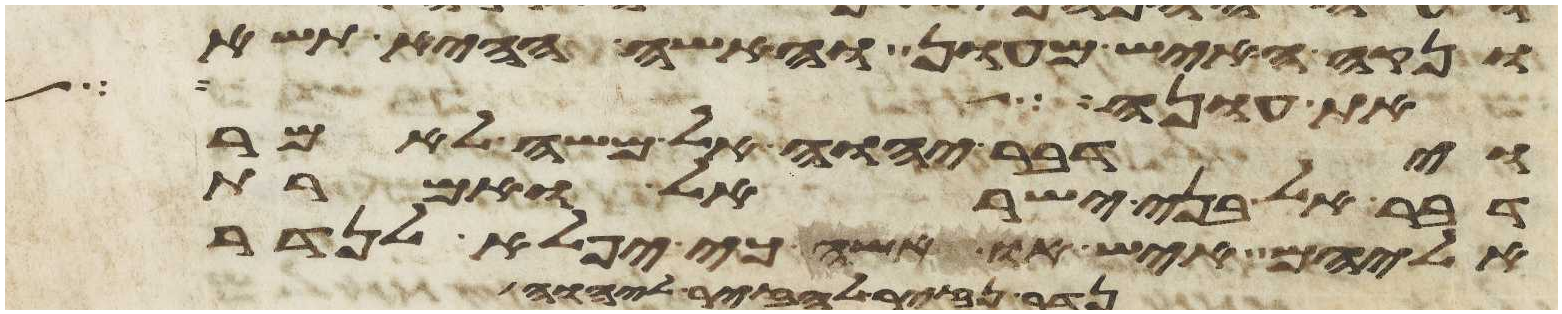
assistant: ונקה האיש מעון והאשה ההיא תשא
בת ענה אשת עשו
וידבר יהוה אל משה לאמר
דבר אל בני ישראל ואמרת
אליהם איש או אשה כי יפלא לנדר